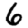
Digit: 6